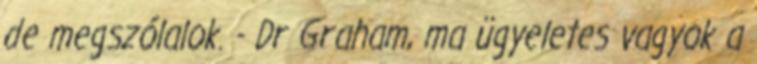
de megszólalok. - Dr Graham, ma ügyeletes vagyok a